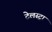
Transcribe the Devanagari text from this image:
टेलस्ट्रा